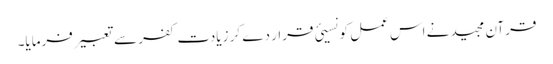
قرآن مجید نے اس عمل کو نسیئ قرار دے کر زیادتِ کفر سے تعبیر فرمایا۔